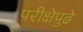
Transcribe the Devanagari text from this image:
परीक्षेपुढे